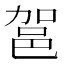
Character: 𮟶